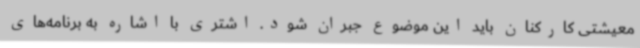
معیشتی کارکنان باید این موضوع جبران شود. اشتری با اشاره به برنامه‌های